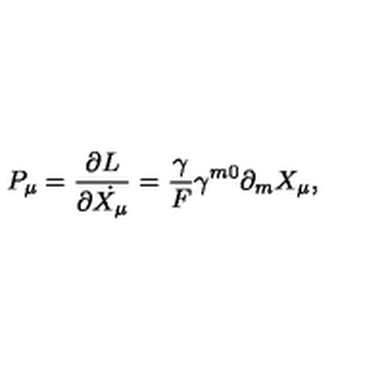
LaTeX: P _ { \mu } = \frac { \partial L } { \partial \dot { X _ { \mu } } } = \frac { \gamma } { F } \gamma ^ { m 0 } \partial _ { m } X _ { \mu } ,